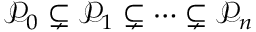
{ \mathcal { P } } _ { 0 } \subsetneq { \mathcal { P } } _ { 1 } \subsetneq \cdots \subsetneq { \mathcal { P } } _ { n }